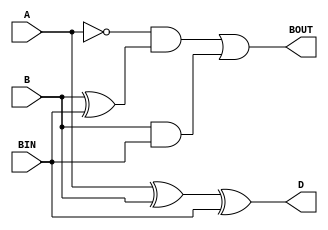
module subtractor( A, B, BIN, D, BOUT );
  input A, B, BIN;
  output D, BOUT;
  
  assign #2 D = A ^ B ^ BIN;				// D = A xor B xor BIN
  assign #2 BOUT = ( (~A) & (B ^ BIN) ) | ( B & BIN );
													// BOUT = ( A' and (B xor BIN) )
													//				or ( B and BIN )
													
													
endmodule